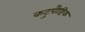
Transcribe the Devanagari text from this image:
कटुपौष्टिक